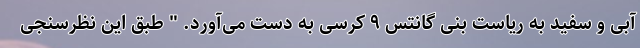
آبی و سفید به ریاست بنی گانتس ۹ کرسی به دست می‌آورد. " طبق این نظرسنجی